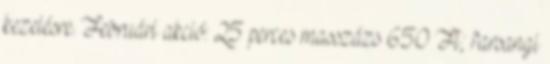
kezelésre. Februári akció: 25 perces masszázs 650 Ft; farsangi